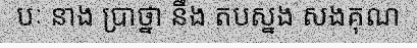
បៈ នាង ប្រាថ្នា នឹង តបស្នង សងគុណ